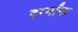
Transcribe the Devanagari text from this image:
दर्ग्यांना